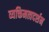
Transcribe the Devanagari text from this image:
व्यक्तिमत्वदर्शन